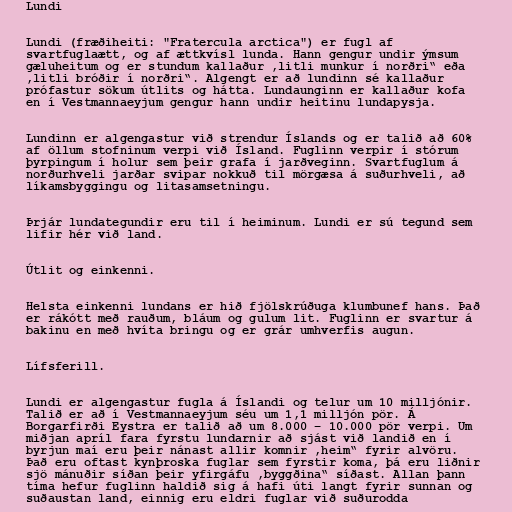
Lundi

Lundi (fræðiheiti: "Fratercula arctica") er fugl af
svartfuglaætt, og af ættkvísl lunda. Hann gengur undir ýmsum
gæluheitum og er stundum kallaður ,litli munkur í norðri“ eða
,litli bróðir í norðri“. Algengt er að lundinn sé kallaður
prófastur sökum útlits og hátta. Lundaunginn er kallaður kofa
en í Vestmannaeyjum gengur hann undir heitinu lundapysja.

Lundinn er algengastur við strendur Íslands og er talið að 60%
af öllum stofninum verpi við Ísland. Fuglinn verpir í stórum
þyrpingum í holur sem þeir grafa í jarðveginn. Svartfuglum á
norðurhveli jarðar svipar nokkuð til mörgæsa á suðurhveli, að
líkamsbyggingu og litasamsetningu.

Þrjár lundategundir eru til í heiminum. Lundi er sú tegund sem
lifir hér við land.

Útlit og einkenni.

Helsta einkenni lundans er hið fjölskrúðuga klumbunef hans. Það
er rákótt með rauðum, bláum og gulum lit. Fuglinn er svartur á
bakinu en með hvíta bringu og er grár umhverfis augun.

Lífsferill.

Lundi er algengastur fugla á Íslandi og telur um 10 milljónir.
Talið er að í Vestmannaeyjum séu um 1,1 milljón pör. Á
Borgarfirði Eystra er talið að um 8.000 – 10.000 pör verpi. Um
miðjan apríl fara fyrstu lundarnir að sjást við landið en í
byrjun maí eru þeir nánast allir komnir ,heim“ fyrir alvöru.
Það eru oftast kynþroska fuglar sem fyrstir koma, þá eru liðnir
sjö mánuðir síðan þeir yfirgáfu ,byggðina“ síðast. Allan þann
tíma hefur fuglinn haldið sig á hafi úti langt fyrir sunnan og
suðaustan land, einnig eru eldri fuglar við suðurodda